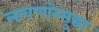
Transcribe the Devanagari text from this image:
लावणारेसुद्धा